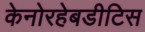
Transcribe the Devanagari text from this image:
केनोरहेबडीटिस